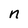
Character: n